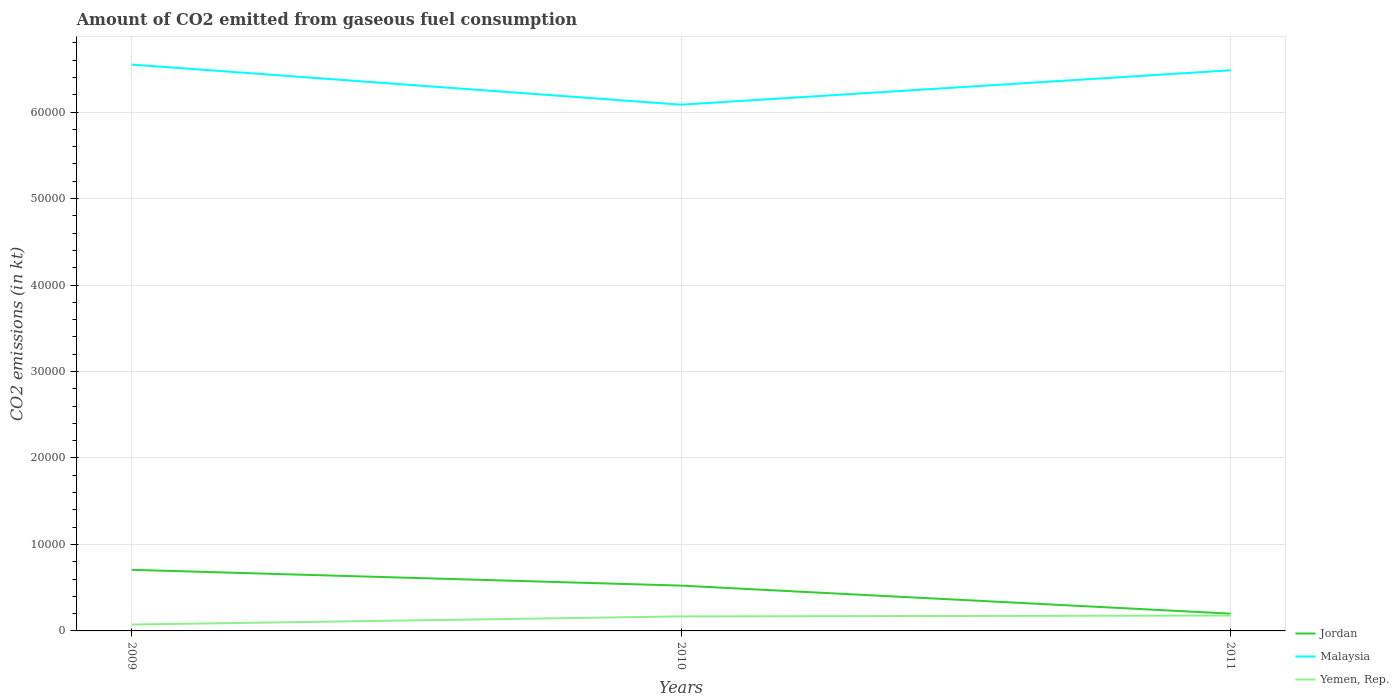
| Years | Jordan | Malaysia | Yemen, Rep. |
 | --- | --- | --- | --- |
 | 2009 | 7.07e+03 | 6.55e+04 | 737 |
 | 2010 | 5.24e+03 | 6.09e+04 | 1.68e+03 |
 | 2011 | 2e+03 | 6.48e+04 | 1.78e+03 |